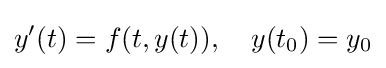
y'(t)=f(t,y(t)),\quad y(t_{0})=y_{0}